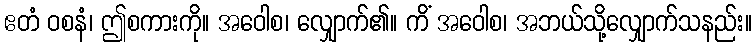
ဧတံ ဝစနံ၊ ဤစကားကို။ အဝေါစ၊ လျှောက်၏။ ကိံ အဝေါစ၊ အဘယ်သို့လျှောက်သနည်း။